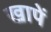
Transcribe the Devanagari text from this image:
खापें